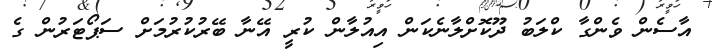
އާސެން ވެންގާ ކްލަބު ދޫކޮށްލާނެކަން އިއުލާން ކުރީ އޭނާ ބޭރުކުރުމަށް ސަޕޯޓަރުން ގެ